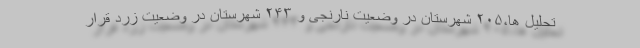
تحلیل ها،۲۰۵ شهرستان در وضعیت نارنجی و ۲۴۳ شهرستان در وضعیت زرد قرار